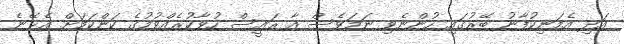
އަދި އެމަނިކުފާނު ބޭރުގައި ހުންނެވި ނަމަވެސް އާ ރައީސް ހުވާކުރެއްވުމުގެ ކަންކަމަށް އެޅޭނެ